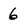
Character: 6